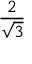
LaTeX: \frac { 2 } { \sqrt { 3 } }